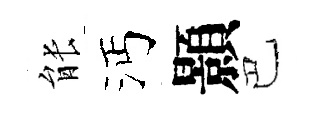
䏻沔顥巴